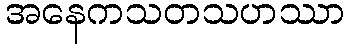
အနေကသတသဟဿာ